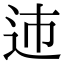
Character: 䢌